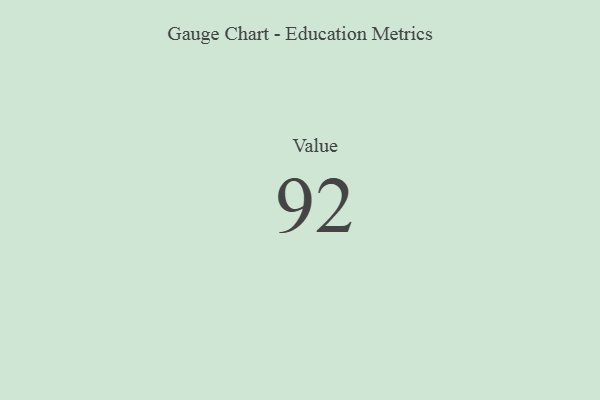
{"axis": {"x": "Metric", "y": "Value"}, "legend": [""], "data": [{"x": "Value", "y": 92, "type": ""}]}